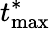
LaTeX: t_{\textrm{max}}^{*}